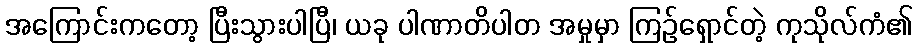
အကြောင်းကတော့ ပြီးသွားပါပြီ၊ ယခု ပါဏာတိပါတ အမှုမှာ ကြဉ်ရှောင်တဲ့ ကုသိုလ်ကံ၏